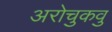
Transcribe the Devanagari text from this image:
अरोचुकवु